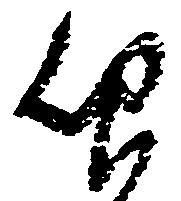
仰